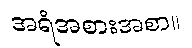
အရံအစားအစာ။